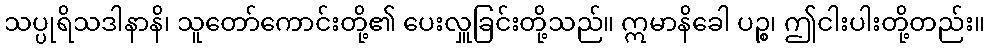
သပ္ပုရိသဒါနာနိ၊ သူတော်ကောင်းတို့၏ ပေးလှူခြင်းတို့သည်။ ဣမာနိခေါ ပဉ္စ၊ ဤငါးပါးတို့တည်း။